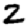
Digit: 2